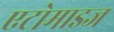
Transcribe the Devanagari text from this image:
एटोमाइज